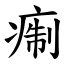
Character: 痸